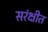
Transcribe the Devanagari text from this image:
सरंक्षीत